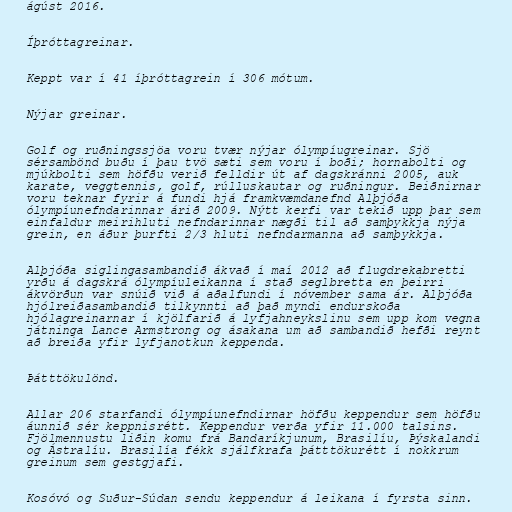
ágúst 2016.

Íþróttagreinar.

Keppt var í 41 íþróttagrein í 306 mótum.

Nýjar greinar.

Golf og ruðningssjöa voru tvær nýjar ólympíugreinar. Sjö
sérsambönd buðu í þau tvö sæti sem voru í boði; hornabolti og
mjúkbolti sem höfðu verið felldir út af dagskránni 2005, auk
karate, veggtennis, golf, rúlluskautar og ruðningur. Beiðnirnar
voru teknar fyrir á fundi hjá framkvæmdanefnd Alþjóða
ólympíunefndarinnar árið 2009. Nýtt kerfi var tekið upp þar sem
einfaldur meirihluti nefndarinnar nægði til að samþykkja nýja
grein, en áður þurfti 2/3 hluti nefndarmanna að samþykkja.

Alþjóða siglingasambandið ákvað í maí 2012 að flugdrekabretti
yrðu á dagskrá ólympíuleikanna í stað seglbretta en þeirri
ákvörðun var snúið við á aðalfundi í nóvember sama ár. Alþjóða
hjólreiðasambandið tilkynnti að það myndi endurskoða
hjólagreinarnar í kjölfarið á lyfjahneykslinu sem upp kom vegna
játninga Lance Armstrong og ásakana um að sambandið hefði reynt
að breiða yfir lyfjanotkun keppenda.

Þátttökulönd.

Allar 206 starfandi ólympíunefndirnar höfðu keppendur sem höfðu
áunnið sér keppnisrétt. Keppendur verða yfir 11.000 talsins.
Fjölmennustu liðin komu frá Bandaríkjunum, Brasilíu, Þýskalandi
og Ástralíu. Brasilía fékk sjálfkrafa þátttökurétt í nokkrum
greinum sem gestgjafi.

Kosóvó og Suður-Súdan sendu keppendur á leikana í fyrsta sinn.